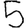
Digit: 5